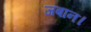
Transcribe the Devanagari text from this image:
जबान।